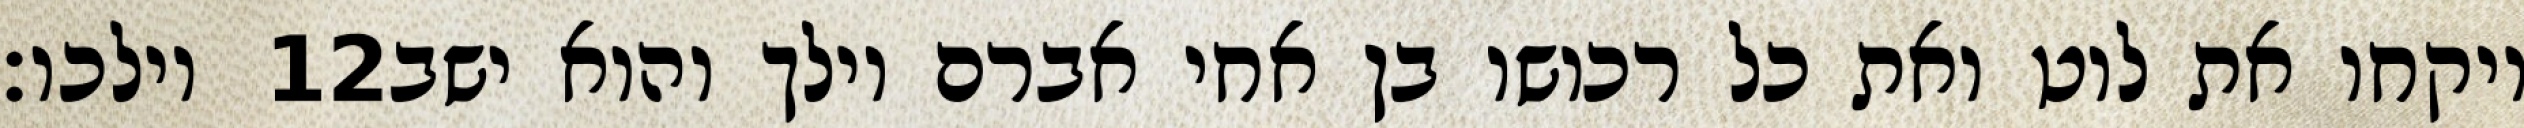
וילכו׃ ‎12‏ ויקחו את לוט ואת כל רכושו בן אחי אברם וילך והוא ישב